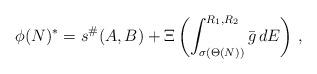
LaTeX: \begin{align*} \phi(N)^*= s^\#(A,B) + \Xi\left(\int^{R_1,R_2}_{\sigma(\Theta(N))} \bar g \, dE \right) \,, \end{align*}